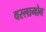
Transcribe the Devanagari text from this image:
वरलामोव